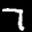
Label: 7